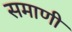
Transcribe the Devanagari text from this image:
समाणी